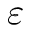
\varepsilon